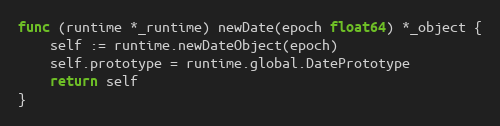
Language: Go
func (runtime *_runtime) newDate(epoch float64) *_object {
	self := runtime.newDateObject(epoch)
	self.prototype = runtime.global.DatePrototype
	return self
}